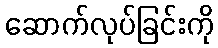
ဆောက်လုပ်ခြင်းကို